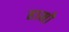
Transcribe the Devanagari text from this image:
हामो